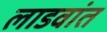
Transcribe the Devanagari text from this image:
लाडवांत